Report on sanitation, dispensaries, and jails in Rajputana for 1921, and on vaccination for the year 1921-1922 - 1921-1922
Year: 1921
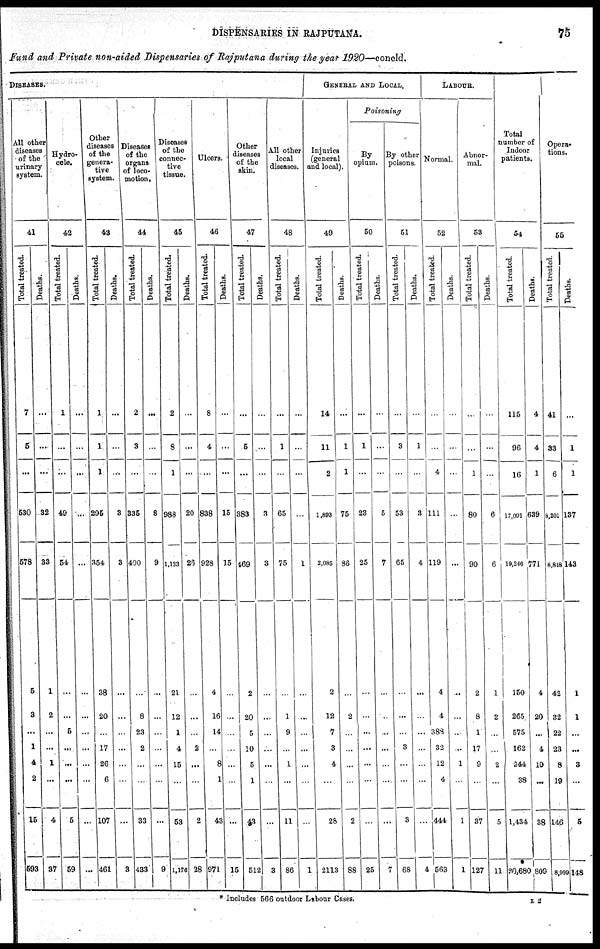
DISPENSARIES IN RAJPUTANA.
75
Fund and Private non-aided Dispensaries of Rajputana during the year 1920—concld.
DISEASES.
All other
diseases
of the
urinary
system.
41
Total treated.
7
5
...
530
678
5
3
...
1
4
2
15
593
Deaths.
...
...
...
32
33
1
2
...
...
1
...
4
37
Hydro-
cele.
42
Total treated.
1
...
...
49
54
...
...
5
...
...
...
5
59
Deaths.
...
...
...
...
...
...
...
...
...
...
...
...
...
Other
diseases
of the
genera-
tive
system.
43
Total treated.
1
1
1
295
354
38
20
...
17
26
6
107
461
Deaths.
...
...
...
3
3
...
...
...
...
...
...
...
3
Diseases
of the
organs
of loco-
motion.
44
Total treated.
2
3
...
335
400
...
...
23
2
...
...
33
433
Deaths.
...
...
...
8
9
...
...
...
...
...
...
...
9
Diseases
of the
connec-
tive
tissue.
45
Total treated.
2
8
1
988
1,133
21
12
1
4
15
...
53
1,176
Deaths.
...
...
...
20
26
...
...
...
2
...
...
2
28
Ulcers.
46
Total treated.
8
4
...
838
928
4
16
14
...
8
1
43
971
Deaths.
...
...
...
15
15
...
...
...
...
...
...
...
15
Other
diseases
of the
skin.
47
Total treated.
...
5
...
383
469
2
20
5
10
5
1
43
512
Deaths.
...
...
...
3
3
...
...
...
...
...
...
...
3
All other
local
diseases.
48
Total treated.
...
1
...
65
75
...
1
9
...
1
...
11
86
Deaths.
...
...
...
...
1
...
...
...
...
...
...
...
1
GENERAL AND LOCAL.
Injuries
(general
and local).
49
Total treated.
14
11
2
1,893
2,085
2
12
7
3
4
...
28
2113
Deaths.
...
1
1
75
86
...
2
...
...
...
...
2
88
Poisoning
By
opium.
50
Total treated.
...
1
...
23
25
...
...
...
...
...
...
...
25
Deaths.
...
...
...
5
7
...
...
...
...
...
...
...
7
By other
poisons.
51
Total treated.
...
3
...
53
65
...
...
...
3
...
...
3
68
Deaths.
...
1
...
3
4
...
...
...
...
...
...
...
4
LABOUR.
Normal.
52
Total treated.
...
...
4
111
119
4
4
388
32
12
4
444
563
Deaths.
...
...
...
...
...
...
...
...
...
1
...
1
1
Abnor-
mal.
53
Total treated.
...
...
1
80
90
2
8
1
17
9
...
37
127
Deaths.
...
...
...
6
6
1
2
...
...
2
...
5
11
Total
number of
Indoor
patients.
54
Total treated.
115
96
16
17,091
19,246
150
265
575
162
244
38
1,434
20,680
Deaths.
4
4
1
639
771
4
20
...
4
10
...
38
809
Opera-
tions.
55
Total treated.
41
33
6
8,201
8,848
42
32
22
23
8
19
146
8,999
Deaths.
...
1
1
137
143
1
1
...
...
3
...
5
148
* Includes 566 outdoor Labour Cases.
L 2